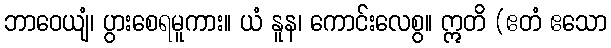
ဘာဝေယျံ၊ ပွားစေရမူကား။ ယံ နူန၊ ကောင်းလေစွ။ ဣတိ (ဧတံ ဧသော